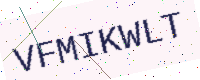
Text: VFMIKWLT